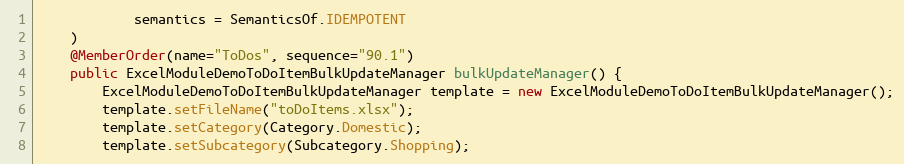
Language: Java
            semantics = SemanticsOf.IDEMPOTENT
    )
    @MemberOrder(name="ToDos", sequence="90.1")
    public ExcelModuleDemoToDoItemBulkUpdateManager bulkUpdateManager() {
        ExcelModuleDemoToDoItemBulkUpdateManager template = new ExcelModuleDemoToDoItemBulkUpdateManager();
        template.setFileName("toDoItems.xlsx");
        template.setCategory(Category.Domestic);
        template.setSubcategory(Subcategory.Shopping);